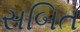
સબિત